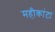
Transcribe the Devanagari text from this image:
महीकांटा